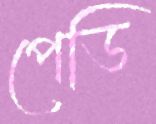
পেডি